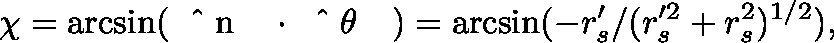
\chi = \arcsin ( { \mathrm { ~ \boldmath ~ \hat { ~ } { ~ n ~ } ~ \unboldmath ~ } } \cdot { \mathrm { ~ \boldmath ~ \hat { ~ } { ~ \theta ~ } ~ \unboldmath ~ } } ) = \arcsin ( - r _ { s } ^ { \prime } / { ( r _ { s } ^ { \prime 2 } + r _ { s } ^ { 2 } ) ^ { 1 / 2 } } ) ,